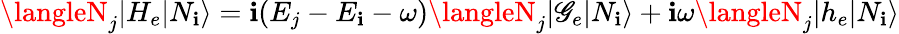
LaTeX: \langleN_{j}|H_{e}|N_{\mathbf{i}}\rangle=\mathbf{i}(E_{j}-E_{\mathbf{i}}-\omega)\langleN_{j}|\mathscr{G}_{e}|N_{\mathbf{i}}\rangle+\mathbf{i}\omega\langleN_{j}|h_{e}|N_{\mathbf{i}}\rangle